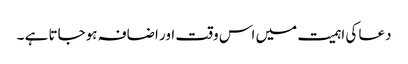
دعا کی اہمیت میں اس وقت اور اضافہ ہوجاتا ہے ۔